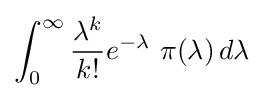
\int _{0}^{\infty }{\frac {\lambda ^{k}}{k!}}e^{-\lambda }\,\,\pi (\lambda )\,d\lambda